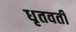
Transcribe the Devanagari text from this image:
धृतवती